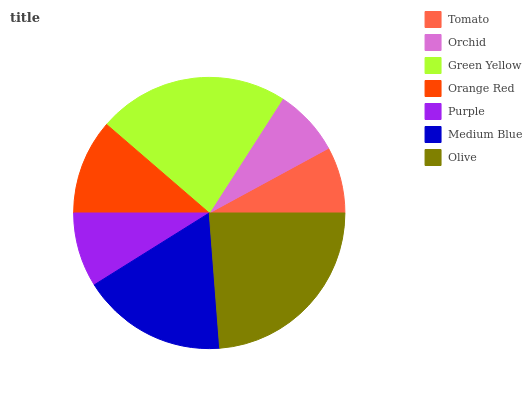
| Tomato | Orchid | Green Yellow | Orange Red | Purple | Medium Blue | Olive |
 | --- | --- | --- | --- | --- | --- | --- |
 | 7.92% | 7.99% | 22.8% | 11.3% | 8.89% | 17.4% | 23.7% |